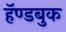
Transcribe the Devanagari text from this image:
हॅण्डबुक